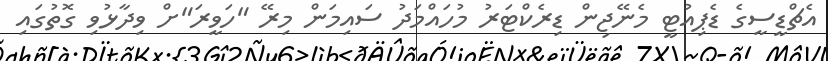
އެޗްޑީސީގެ ޑެޕިއުޓީ މެނޭޖިން ޑިރެކްޓަރު މުހައްމަދު ސައިމަން މިރޭ "ހަވީރަ"ށް ވިދާޅުވި ގޮތުގައި